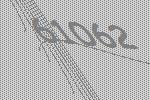
61062